Report of the Indian Hemp Drugs Commission, 1894-1895 - Volume II
Year: 1894
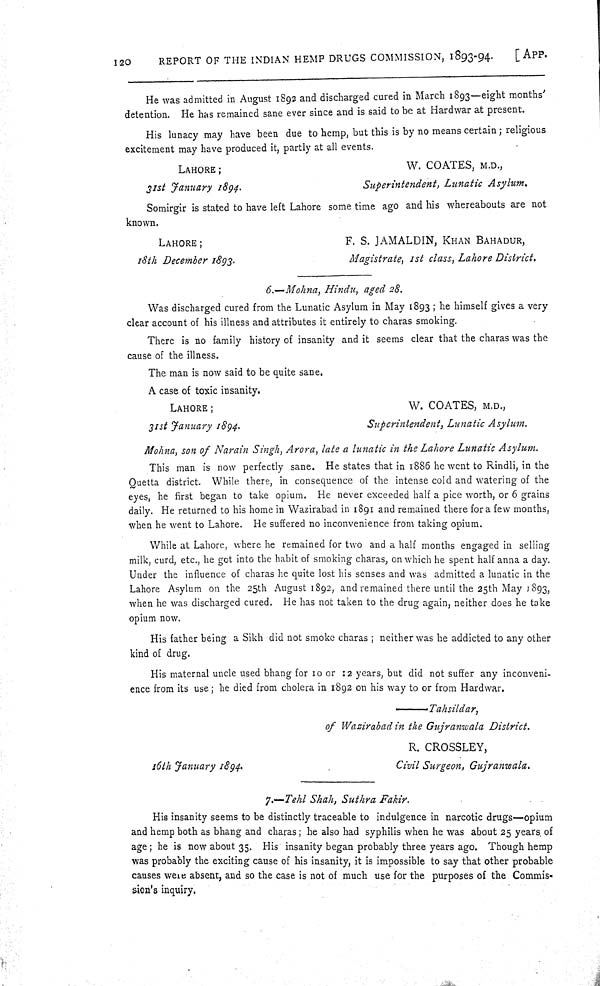
120
REPORT OF THE INDIAN HEMP DRUGS COMMISSION, 1893-94.
[APP.
He was admitted in August 1892 and discharged cured in March 1893—eight months'
detention. He has remained sane ever since and is said to be at Hardwar at present.
His lunacy may have been due to hemp, but this is by no means certain; religious
excitement may have produced it, partly at all events.
LAHORE;
W. COATES, M.D.,
31st January
1894.
Superintendent, Lunatic
Asylum.
Somirgir is stated to have left Lahore some time ago and his whereabouts are not
known.
LAHORE;
F. S. JAMALDIN, KHAN BAHADUR,
18th December 1893.
Magistrate, 1st class, Lahore District.
6.—Mohna, Hindu, aged 28.
Was discharged cured from the Lunatic Asylum in May 1893; he himself gives a very
clear account of his illness and attributes it entirely to charas smoking.
There is no family history of insanity and it seems clear that the charas was the
cause of the illness.
The man is now said to be quite sane.
A case of toxic insanity.
LAHORE;
W. COATES, M.D.,
31st January
1894.
Superintendent, Lunatic Asylum.
Mohna, son of Narain Singh, Arora, late a lunatic in the Lahore Lunatic Asylum.
This man is now perfectly sane. He states that in 1886 he went to Rindli, in the
Quetta district. While there, in consequence of the intense cold and watering of the
eyes, he first began to take opium. He never exceeded half a pice worth, or 6 grains
daily. He returned to his home in Wazirabad in 1891 and remained there for a few months,
when he went to Lahore. He suffered no inconvenience from taking opium.
While at Lahore, where he remained for two and a half months engaged in selling
milk, curd, etc., he got into the habit of smoking charas, on which he spent half anna a day.
Under the influence of charas he quite lost his senses and was admitted a lunatic in the
Lahore Asylum on the 25th August 1892, and remained there until the 25th May 1893,
when he was discharged cured. He has not taken to the drug again, neither does he take
opium now.
His father being a Sikh did not smoke charas; neither was he addicted to any other
kind of drug.
His maternal uncle used bhang for 10 or 12 years, but did not suffer any inconveni-
ence from its use; he died from cholera in 1892 on his way to or from Hardwar.
Tahsildar,
of Wazirabad in the Gujranwala
District.
R. CROSSLEY,
16th January 1894.
Civil Surgeon,
Gujranwala.
7.-Tehl Shah, Suthra Fakir.
His insanity seems to be distinctly traceable to indulgence in narcotic drugs—opium
and hemp both as bhang and charas; he also had syphilis when he was about 25 years of
age; he is now about 35. His insanity began probably three years ago. Though hemp
was probably the exciting cause of his insanity, it is impossible to say that other probable
causes were absent, and so the case is not of much use for the purposes of the Commis-
sion's inquiry.